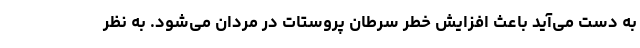
به دست می‌آید باعث افزایش خطر سرطان پروستات در مردان می‌شود. به نظر